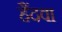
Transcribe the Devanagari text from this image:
हैंदवा